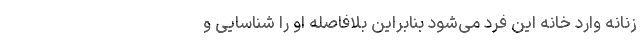
زنانه وارد خانه این فرد می‌شود بنابراین بلافاصله او را شناسایی و